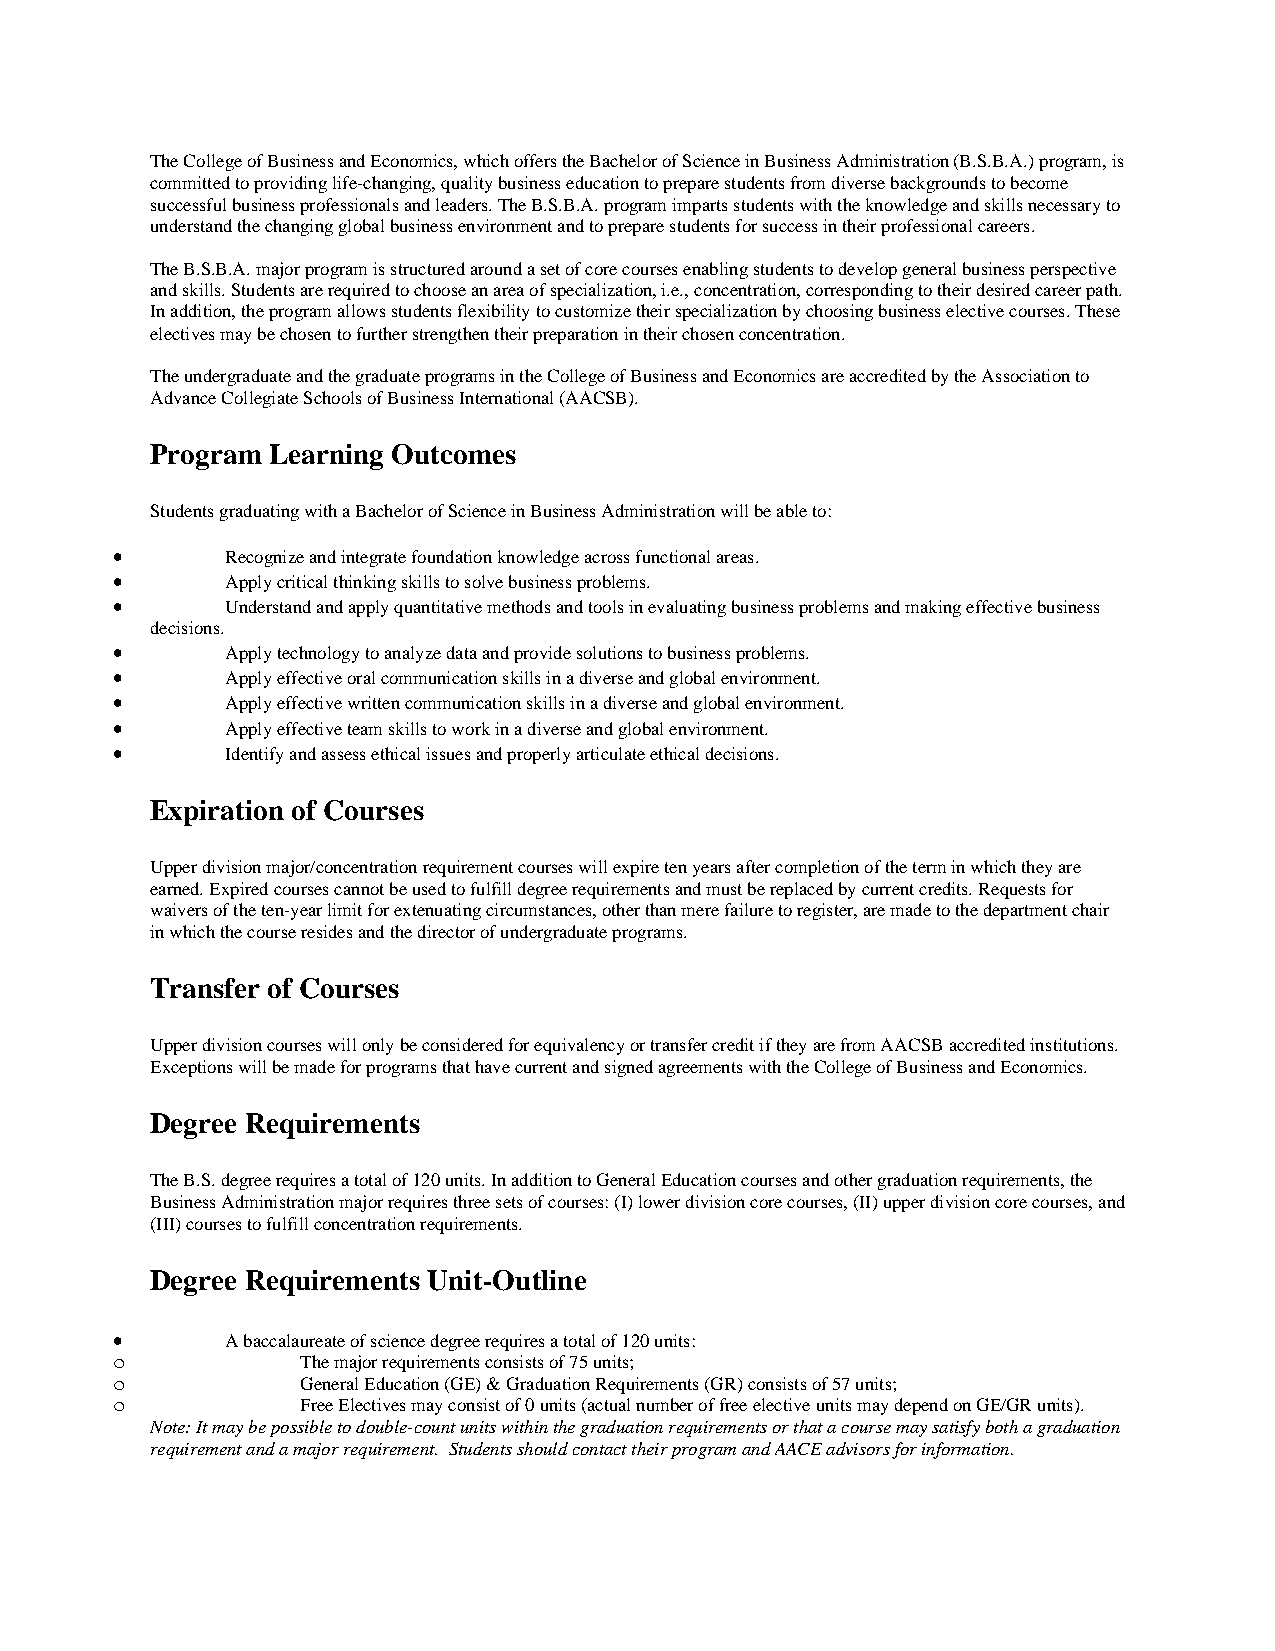
The College of Business and Economics, which offers the Bachelor of Science in Business Administration (B.S.B.A.) program, is
 committed to providing life-changing, quality business education to prepare students from diverse backgrounds to become
 successful business professionals and leaders. The B.S.B.A. program imparts students with the knowledge and skills necessary to
 understand the changing global business environment and to prepare students for success in their professional careers.
 The B.S.B.A. major program is structured around a set of core courses enabling students to develop general business perspective
 and skills. Students are required to choose an area of specialization, i.e., concentration, corresponding to their desired career path.
 In addition, the program allows students flexibility to customize their specialization by choosing business elective courses. These
 electives may be chosen to further strengthen their preparation in their chosen concentration.
 The undergraduate and the graduate programs in the College of Business and Economics are accredited by the Association to
 Advance Collegiate Schools of Business International (AACSB).
 Program Learning Outcomes
 Students graduating with a Bachelor of Science in Business Administration will be able to:
 •       Recognize and integrate foundation knowledge across functional areas.
 •       Apply critical thinking skills to solve business problems.
 •       Understand and apply quantitative methods and tools in evaluating business problems and making effective business
 decisions.
 •       Apply technology to analyze data and provide solutions to business problems.
 •       Apply effective oral communication skills in a diverse and global environment.
 •       Apply effective written communication skills in a diverse and global environment.
 •       Apply effective team skills to work in a diverse and global environment.
 •       Identify and assess ethical issues and properly articulate ethical decisions.
 Expiration of Courses
 Upper division major/concentration requirement courses will expire ten years after completion of the term in which they are
 earned. Expired courses cannot be used to fulfill degree requirements and must be replaced by current credits. Requests for
 waivers of the ten-year limit for extenuating circumstances, other than mere failure to register, are made to the department chair
 in which the course resides and the director of undergraduate programs.
 Transfer of Courses
 Upper division courses will only be considered for equivalency or transfer credit if they are from AACSB accredited institutions.
 Exceptions will be made for programs that have current and signed agreements with the College of Business and Economics.
 Degree Requirements
 The B.S. degree requires a total of 120 units. In addition to General Education courses and other graduation requirements, the
 Business Administration major requires three sets of courses: (I) lower division core courses, (II) upper division core courses, and
 (III) courses to fulfill concentration requirements.
 Degree Requirements Unit-Outline
 •       A baccalaureate of science degree requires a total of 120 units:
 o            The major requirements consists of 75 units;
 o            General Education (GE) & Graduation Requirements (GR) consists of 57 units;
 o            Free Electives may consist of 0 units (actual number of free elective units may depend on GE/GR units).
 Note: It may be possible to double-count units within the graduation requirements or that a course may satisfy both a graduation
 requirement and a major requirement. Students should contact their program and AACE advisors for information.